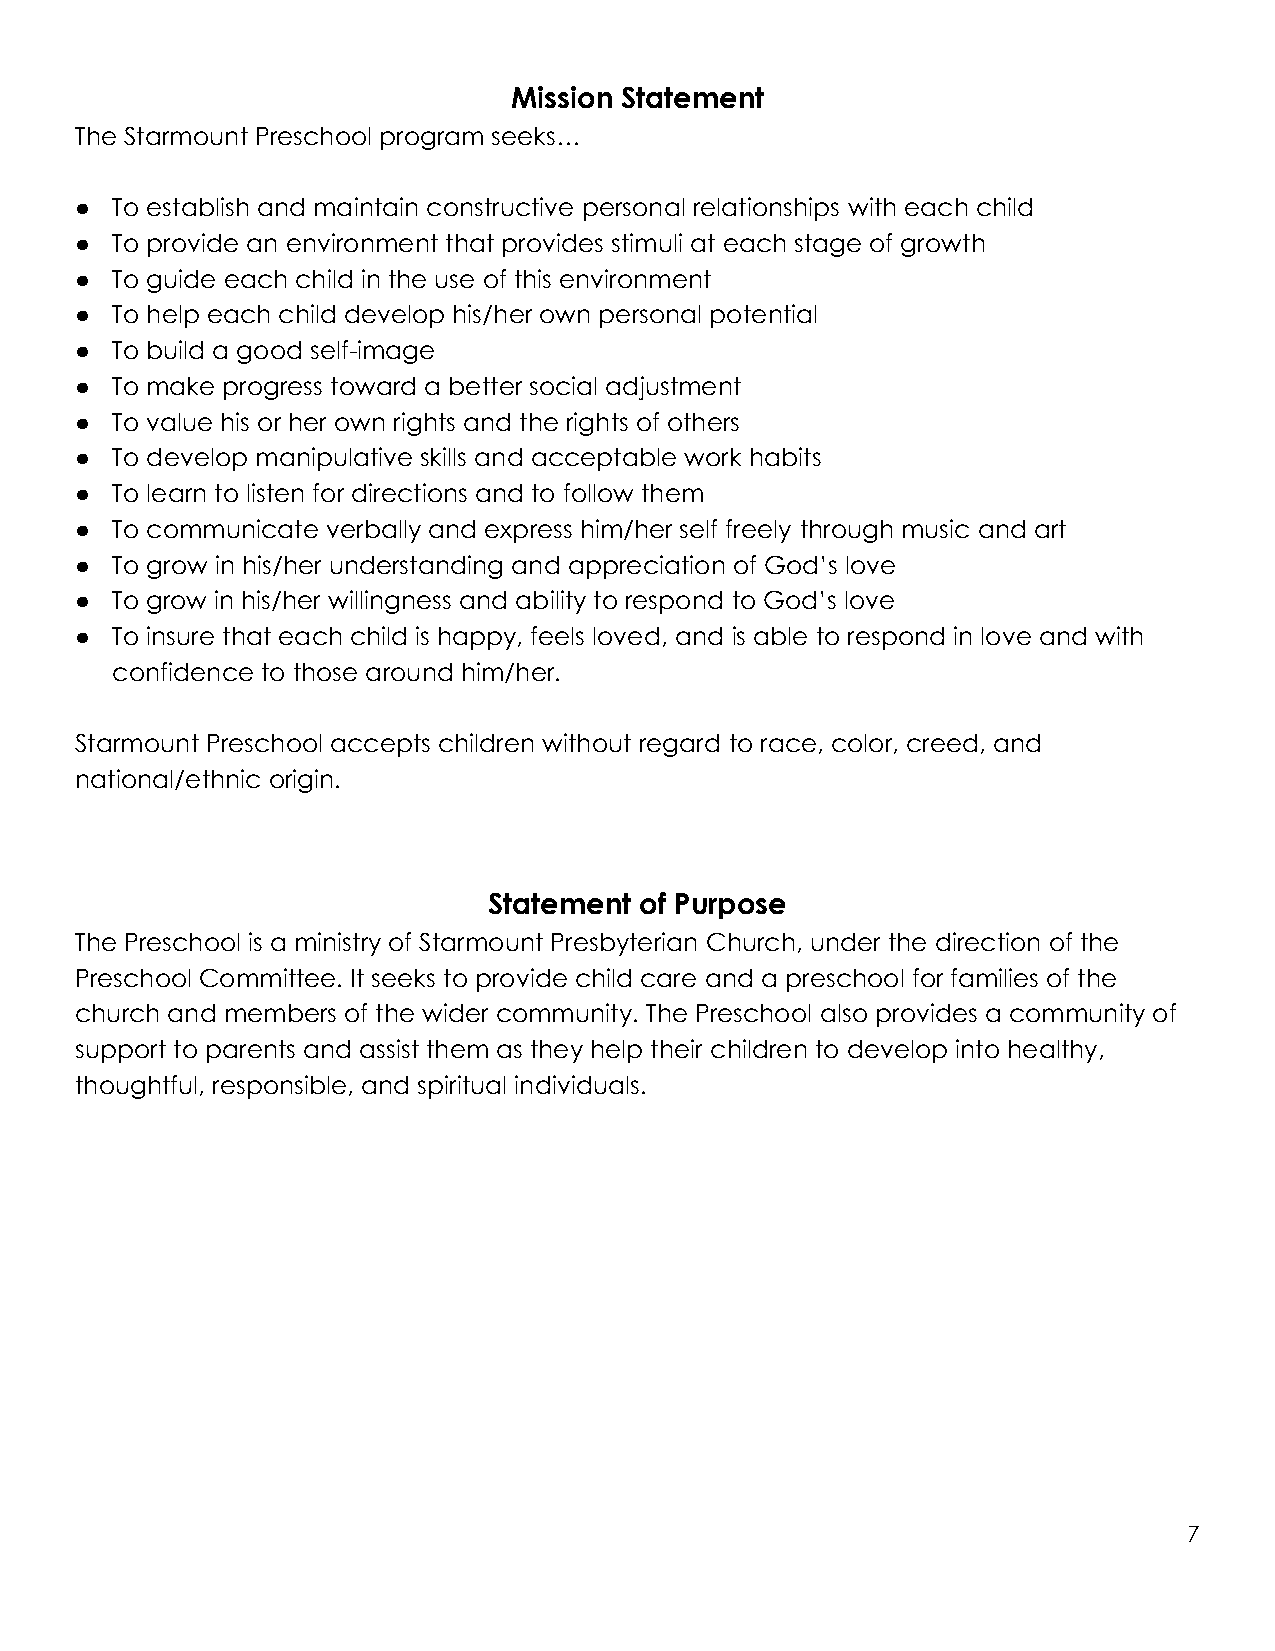
Mission Statement
 The Starmount Preschool program seeks…
 ● To establish and maintain constructive personal relationships with each child
 ● To provide an environment that provides stimuli at each stage of growth
 ● To guide each child in the use of this environment
 ● To help each child develop his/her own personal potential
 ● To build a good self-image
 ● To make progress toward a better social adjustment
 ● To value his or her own rights and the rights of others
 ● To develop manipulative skills and acceptable work habits
 ● To learn to listen for directions and to follow them
 ● To communicate verbally and express him/her self freely through music and art
 ● To grow in his/her understanding and appreciation of God’s love
 ● To grow in his/her willingness and ability to respond to God’s love
 ● To insure that each child is happy, feels loved, and is able to respond in love and with
 confidence to those around him/her.
 Starmount Preschool accepts children without regard to race, color, creed, and
 national/ethnic origin.
 Statement of Purpose
 The Preschool is a ministry of Starmount Presbyterian Church, under the direction of the
 Preschool Committee. It seeks to provide child care and a preschool for families of the
 church and members of the wider community. The Preschool also provides a community of
 support to parents and assist them as they help their children to develop into healthy,
 thoughtful, responsible, and spiritual individuals.
 7